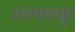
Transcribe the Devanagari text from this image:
तस्मादश्वा